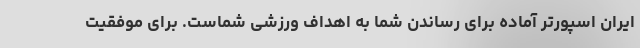
ایران اسپورتر آماده برای رساندن شما به اهداف ورزشی شماست. برای موفقیت